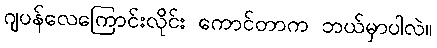
ဂျပန်လေကြောင်းလိုင်း ကောင်တာက ဘယ်မှာပါလဲ။